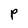
Character: P